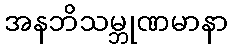
အနဘိသမ္ဘုဏမာနာ